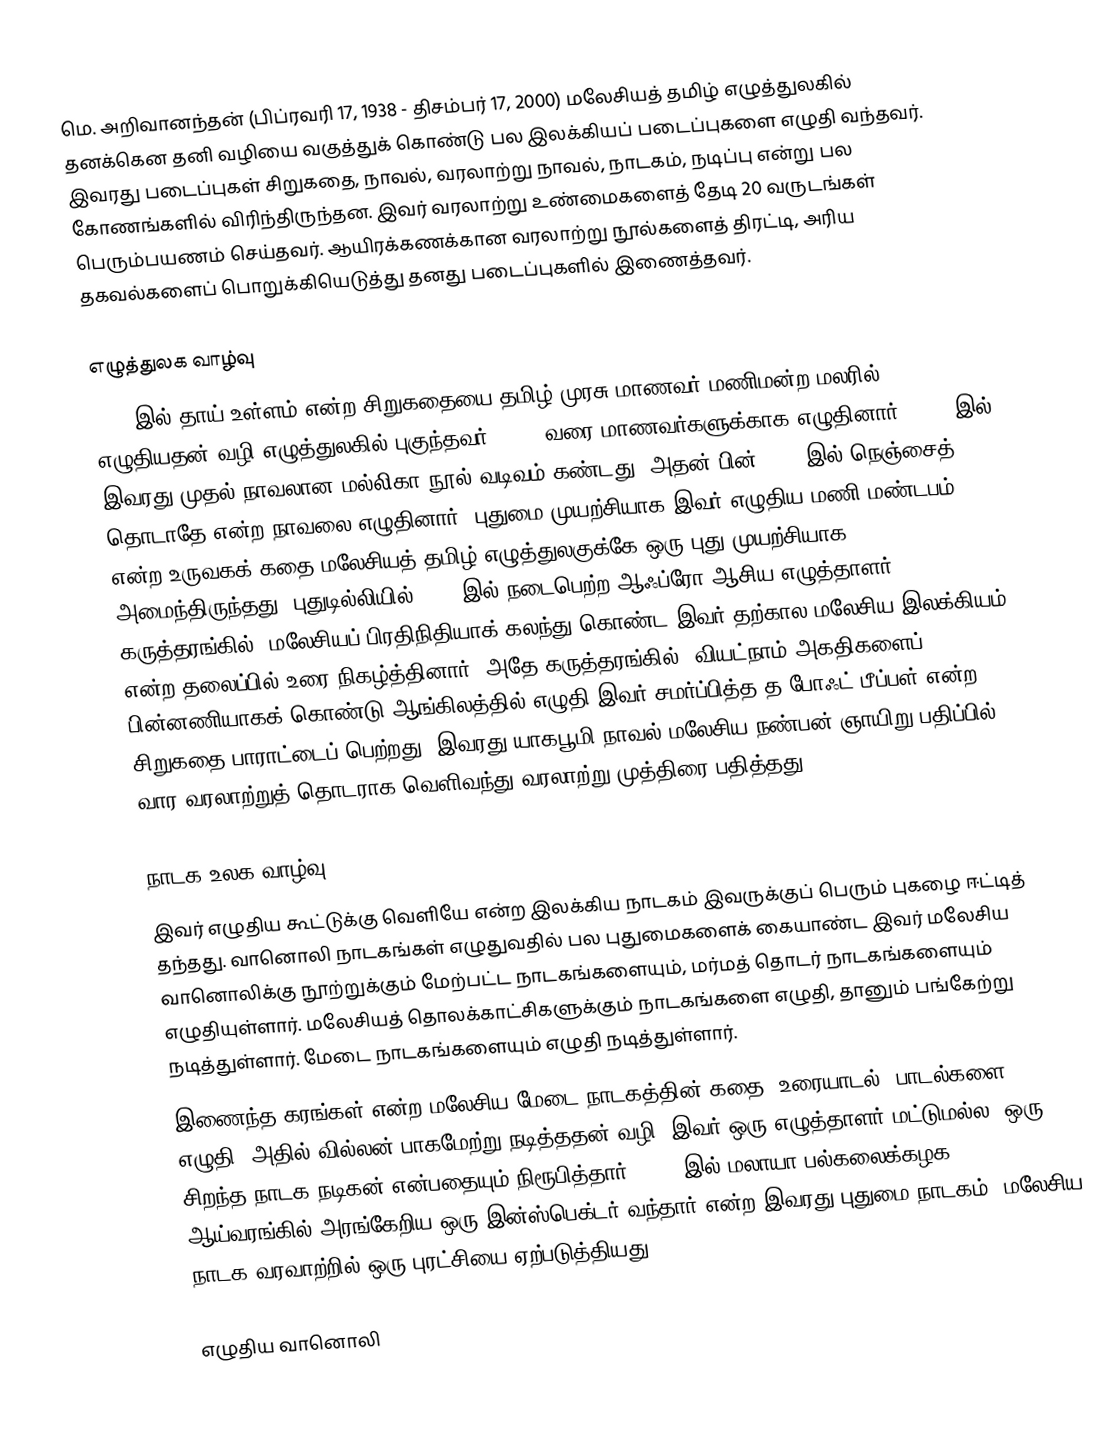
மெ. அறிவானந்தன் (பிப்ரவரி 17, 1938 - திசம்பர் 17, 2000) மலேசியத் தமிழ் எழுத்துலகில் தனக்கென  தனி வழியை வகுத்துக் கொண்டு பல இலக்கியப் படைப்புகளை எழுதி வந்தவர். இவரது படைப்புகள் சிறுகதை, நாவல், வரலாற்று நாவல், நாடகம், நடிப்பு என்று பல கோணங்களில் விரிந்திருந்தன. இவர் வரலாற்று உண்மைகளைத் தேடி 20 வருடங்கள் பெரும்பயணம் செய்தவர். ஆயிரக்கணக்கான வரலாற்று நூல்களைத் திரட்டி, அரிய தகவல்களைப் பொறுக்கியெடுத்து தனது படைப்புகளில் இணைத்தவர்.

எழுத்துலக வாழ்வு
1952 இல் தாய் உள்ளம் என்ற சிறுகதையை தமிழ் முரசு மாணவர் மணிமன்ற மலரில் எழுதியதன் வழி எழுத்துலகில் புகுந்தவர். 1956 வரை மாணவர்களுக்காக எழுதினார். 1957 இல் இவரது முதல் நாவலான மல்லிகா நூல் வடிவம் கண்டது. அதன் பின் 1965 இல் நெஞ்சைத் தொடாதே என்ற நாவலை எழுதினார்.  புதுமை முயற்சியாக இவர் எழுதிய மணி மண்டபம் என்ற உருவகக் கதை மலேசியத் தமிழ் எழுத்துலகுக்கே ஒரு புது முயற்சியாக அமைந்திருந்தது. புதுடில்லியில் 1979 இல் நடைபெற்ற ஆஃப்ரோ-ஆசிய எழுத்தாளர் கருத்தரங்கில், மலேசியப் பிரதிநிதியாக் கலந்து கொண்ட இவர் தற்கால மலேசிய இலக்கியம் என்ற தலைப்பில் உரை நிகழ்த்தினார். அதே கருத்தரங்கில், வியட்நாம் அகதிகளைப் பின்னணியாகக் கொண்டு ஆங்கிலத்தில் எழுதி இவர் சமர்ப்பித்த த போஃட் பீப்பள் என்ற சிறுகதை பாராட்டைப் பெற்றது. இவரது யாகபூமி நாவல் மலேசிய நண்பன் ஞாயிறு பதிப்பில் 50 வார வரலாற்றுத் தொடராக வெளிவந்து வரலாற்று முத்திரை பதித்தது.

நாடக உலக வாழ்வு
இவர் எழுதிய கூட்டுக்கு வெளியே என்ற இலக்கிய நாடகம் இவருக்குப் பெரும் புகழை ஈட்டித் தந்தது. வானொலி நாடகங்கள் எழுதுவதில் பல புதுமைகளைக் கையாண்ட இவர் மலேசிய வானொலிக்கு நூற்றுக்கும் மேற்பட்ட நாடகங்களையும், மர்மத் தொடர் நாடகங்களையும் எழுதியுள்ளார். மலேசியத் தொலக்காட்சிகளுக்கும் நாடகங்களை எழுதி, தானும் பங்கேற்று நடித்துள்ளார். மேடை நாடகங்களையும் எழுதி நடித்துள்ளார்.
இணைந்த கரங்கள்  என்ற மலேசிய மேடை நாடகத்தின் கதை, உரையாடல், பாடல்களை எழுதி, அதில் வில்லன் பாகமேற்று நடித்ததன் வழி, இவர் ஒரு எழுத்தாளர் மட்டுமல்ல, ஒரு சிறந்த நாடக நடிகன் என்பதையும் நிரூபித்தார். 1975 இல் மலாயா பல்கலைக்கழக ஆய்வரங்கில் அரங்கேறிய ஒரு  இன்ஸ்பெக்டர் வந்தார் என்ற இவரது புதுமை நாடகம், மலேசிய நாடக வரவாற்றில் ஒரு புரட்சியை ஏற்படுத்தியது.

எழுதிய வானொலி